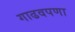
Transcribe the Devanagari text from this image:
गाढवपणा